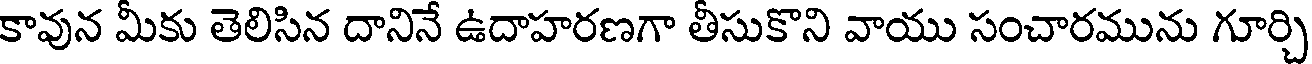
కావున మీకు తెలిసిన దానినే ఉదాహరణగా తీసుకొని వాయు సంచారమును గూర్చి